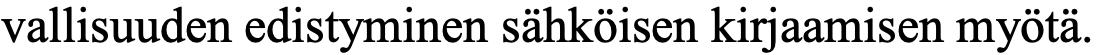
vallisuuden edistyminen sähköisen kirjaamisen myötä.